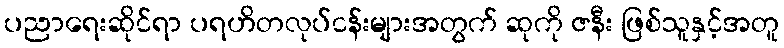
ပညာရေးဆိုင်ရာ ပရဟိတလုပ်ငန်းများအတွက် ဆုကို ဇနီး ဖြစ်သူနှင့်အတူ